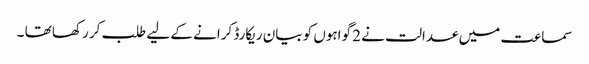
سماعت میں عدالت نے 2 گواہوں کو بیان ریکارڈ کرانے کے لیے طلب کر رکھا تھا ۔